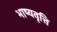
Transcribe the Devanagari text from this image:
भाष्यवृत्ति